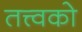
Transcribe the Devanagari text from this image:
तत्त्वको